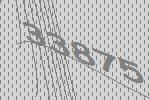
33875